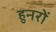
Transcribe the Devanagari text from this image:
हुनरों